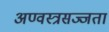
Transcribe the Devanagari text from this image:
अण्वस्त्रसज्जता